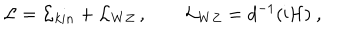
{ \cal L } = { \cal L } _ { k i n } + { \cal L } _ { W Z } \, , \qquad { \cal L } _ { W Z } = d ^ { - 1 } ( \mathrm { i } { \cal H } ) \ ,